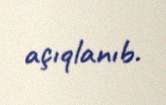
açıqlanıb.